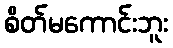
စိတ်မကောင်းဘူး